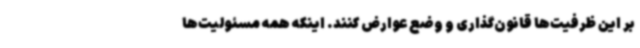
بر این ظرفیت‌ها قانون‌گذاری و وضع عوارض کنند. اینکه همه مسئولیت‌ها